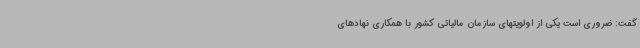
گفت: ضروری است یکی از اولویتهای سازمان مالیاتی کشور با همکاری نهادهای